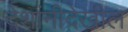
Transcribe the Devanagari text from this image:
देशांनीदेखील